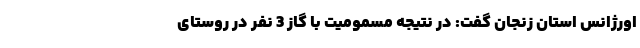
اورژانس استان زنجان گفت: در نتیجه مسمومیت با گاز 3 نفر در روستای